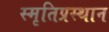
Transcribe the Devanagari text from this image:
स्मृतिप्रस्थान